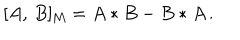
LaTeX: [ A , \, B ] _ { \mathrm { M } } = A * B - B * A \, .